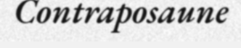
Contraposaune